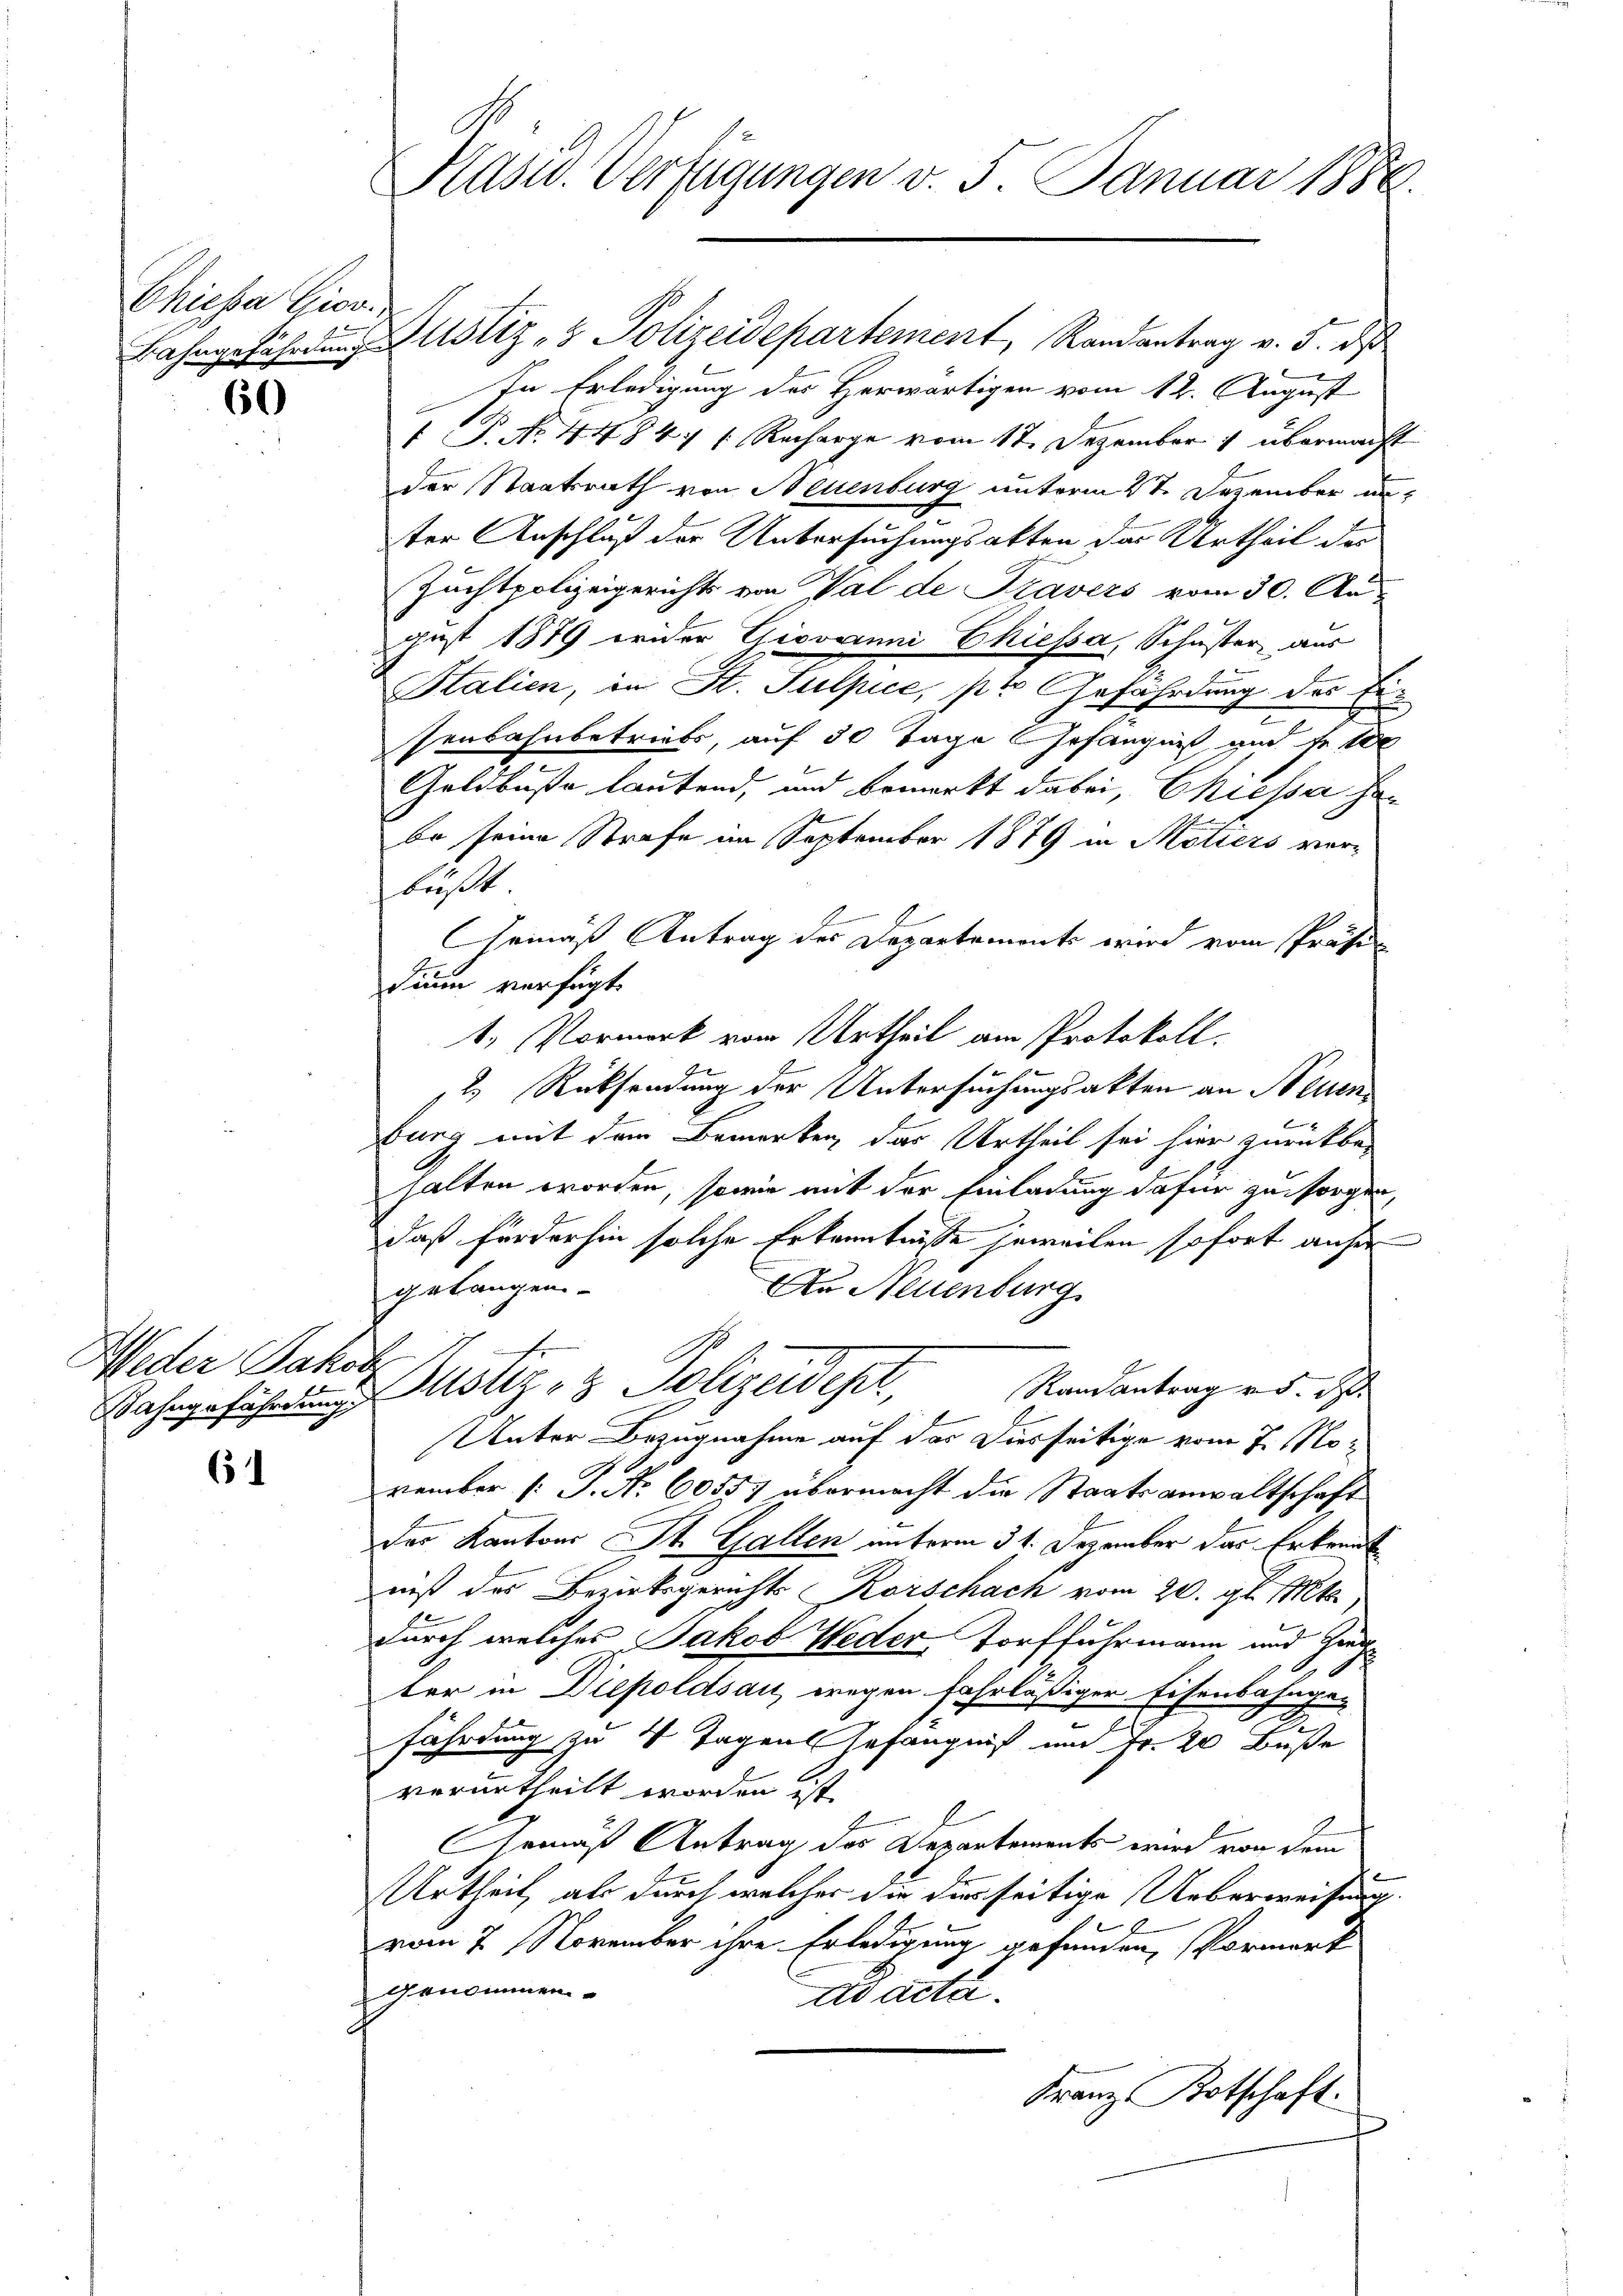
Chiesa Giov

60

Weder Jahre

6

Käsid. Verfügungen v. 5. Januar 1888.

Bahngefährdung Justiz- & Polizeidepartement, Randantrag v. 5. ds
In Erledigung des Herwärtigen vom 12. August
 P. No. 4484 (Recharge vom 17. Dezember 1 übermacht
der Staatsrath von Neuenburg unterm 27. Dezember unter Anschluß der Untersuchungsakten das Urtheil der
Zuchtpolizeigerichts von Val de Travers vom 30. Au-
gust 1879 wider Giovanni Chiessa, Schuster, aus
Stalien, in St. Sulpice, pro Gefährdung des Ersenbahnbetriebs, auf 30 Tage Gefängniß und te 100
Geldbuße lautend, und bemerkt dabei, Chiessa habe seine Strafe im September 1879 in Motiers verbüßt
Gemäß Antrag des Departemente wird vom Präfe
dium verfügt.
1. Vormerk vom Urtheil am Protokoll.
2.) Rücksendung der Untersuchungsakten an Neuen¬

burg mit dem Bemerken, das Urtheil sei hier zurückbehalten worden, sowie mit der Einladung dafür zu sorgen,
daß Förderhin solche Erkenntnisse jeweilen sofort anher
gelangen
Au Neuenburg
Randantrag v. d. d.
Wahngeführung ustiz- & Polizeidept,
Unter Bezugnahme auf das Diesseitige vom 7. November (: P. Nr. 60557 übermacht die Staatsanwaltschaft
der Kantons St. Gallen unterm 31. Dezember das Erkennt
niß des Bezirksgerichts Korschach vom 20. gl. Mts.
durch welches Jakob Weder Torffuhrmann und Zeugter in Diepoldsau, wegen fahrläßiger Eisenbahnge-
.
fährdung zu 4 Tagen Gefängniß und Fr. 20 Buße
verurtheilt worden ist.
Gemäß Antrag des Departements wird von dem
Urtheil, als durch welcher die diesseitige Ueberweisung.
vom 7. November ihre Erledigung gefunden, Vormerk
genommen.
ad acta.
Franz Kotschaft.